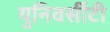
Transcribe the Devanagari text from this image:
युनिवर्सीटी